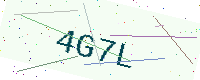
Text: 4G7L